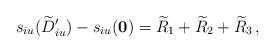
LaTeX: \begin{align*}s_{iu}({\widetilde{D}}_{iu}^{\prime})-s_{iu}({\mathbf{0}})={\widetilde{R}}_{1}+{\widetilde{R}}_{2}+{\widetilde{R}}_{3}\,, \end{align*}